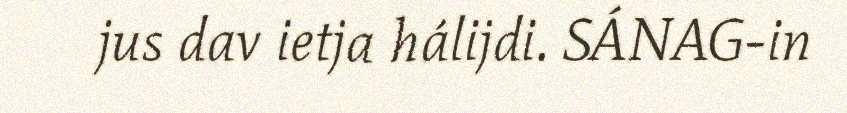
jus dav ietja hálijdi. SÁNAG-in